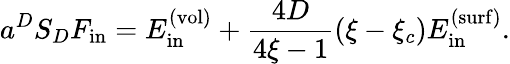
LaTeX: a^{D}S_{D}F_{\mathrm{in}}=E_{\mathrm{in}}^{\mathrm{(vol)}}+\frac{4D}{4\xi-1}(\xi-\xi_{c})E_{\mathrm{in}}^{\mathrm{(surf)}}.